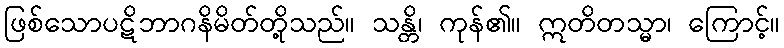
ဖြစ်သောပဋိဘာဂနိမိတ်တို့သည်။ သန္တိ၊ ကုန်၏။ ဣတိတသ္မာ၊ ကြောင့်။